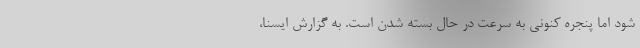
شود اما پنجره کنونی به سرعت در حال بسته شدن است. به گزارش ایسنا،